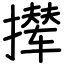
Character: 撵